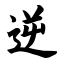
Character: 逆